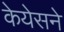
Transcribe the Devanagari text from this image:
केयेसने